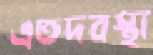
এতদবস্থা